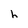
Character: h